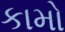
કામો